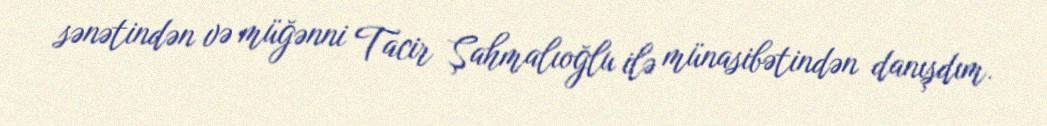
sənətindən və müğənni Tacir Şahmalıoğlu ilə münasibətindən danışdım.